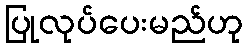
ပြုလုပ်ပေးမည်ဟု